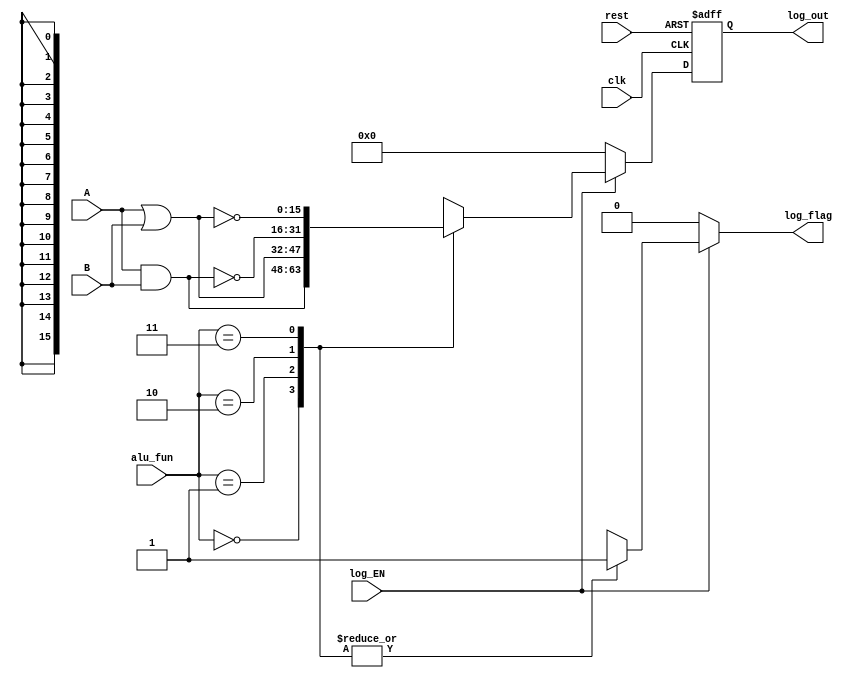
module log_unit #(parameter width =16) // Parameterized design 

// Port declaration 

(      input      [width-1:0] A,
       input      [width-1:0] B,
       input                  clk,
       input                  rest,
       input      [1:0]       alu_fun,
       input                  log_EN,
       output reg [width-1:0] log_out,
       output reg             log_flag
       );
         
       reg  [width-1:0] log_out_reg; 
              
       // sequential always 
       
 always @(posedge clk or negedge rest)  //Asynchronous rest
       begin 
         if(!rest)
        log_out =1'b0;
      else
          log_out <=log_out_reg;
       end  
       
     // combinational always
      
 always @(*)
      begin 
        log_flag=1'b0;
        log_out_reg='b0;
        if(log_EN)
        begin  
             case(alu_fun)   // case statement 
             2'b00: begin                    
                        log_out_reg=A&B;
                        log_flag=1'b1;
                    end                                     
            2'b01:begin     
                        log_out_reg=A|B;
                        log_flag=1'b1;
                   end     
            2'b10:begin                  
                        log_out_reg=~(A&B);
                        log_flag=1'b1;
                  end                    
           2'b11:begin           
                        log_out_reg=~(A|B);
                        log_flag=1'b1;
                 end                  
           default: log_out_reg='b0; 
          endcase  
        end
        else
            begin
            log_out_reg='b0;
            end
      end      
  endmodule